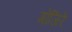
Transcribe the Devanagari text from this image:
गोजिरें